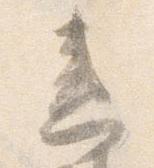
違